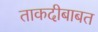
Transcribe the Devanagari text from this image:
ताकदीबाबत